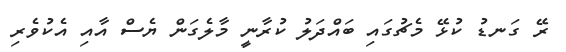
ރޭ ގަނޑު ކުޅޭ މެޗުގައި ބައްދަލު ކުރާނީ މާލެގަން ޔެސް އާއި އެކުވެރި